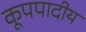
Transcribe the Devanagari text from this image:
कूपपादीय